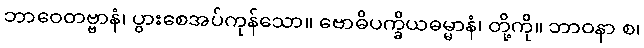
ဘာဝေတဗ္ဗာနံ၊ ပွားစေအပ်ကုန်သော။ ဗောဓိပက္ခိယဓမ္မာနံ၊ တို့ကို။ ဘာဝနာ စ၊